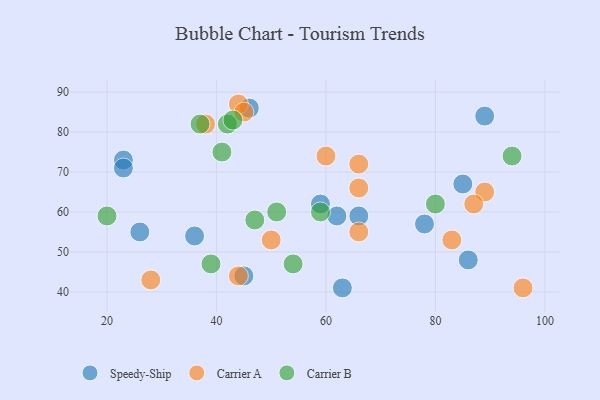
{"axis": {"x": "GDP", "y": "Life Expectancy"}, "legend": ["Carrier A", "Carrier B", "Speedy-Ship"], "data": [{"x": "23", "y": 73, "type": "Speedy-Ship"}, {"x": "59", "y": 62, "type": "Speedy-Ship"}, {"x": "26", "y": 55, "type": "Speedy-Ship"}, {"x": "86", "y": 48, "type": "Speedy-Ship"}, {"x": "85", "y": 67, "type": "Speedy-Ship"}, {"x": "62", "y": 59, "type": "Speedy-Ship"}, {"x": "89", "y": 84, "type": "Speedy-Ship"}, {"x": "23", "y": 71, "type": "Speedy-Ship"}, {"x": "46", "y": 86, "type": "Speedy-Ship"}, {"x": "63", "y": 41, "type": "Speedy-Ship"}, {"x": "66", "y": 59, "type": "Speedy-Ship"}, {"x": "45", "y": 44, "type": "Speedy-Ship"}, {"x": "36", "y": 54, "type": "Speedy-Ship"}, {"x": "78", "y": 57, "type": "Speedy-Ship"}, {"x": "44", "y": 87, "type": "Carrier A"}, {"x": "50", "y": 53, "type": "Carrier A"}, {"x": "89", "y": 65, "type": "Carrier A"}, {"x": "83", "y": 53, "type": "Carrier A"}, {"x": "66", "y": 72, "type": "Carrier A"}, {"x": "45", "y": 85, "type": "Carrier A"}, {"x": "28", "y": 43, "type": "Carrier A"}, {"x": "60", "y": 74, "type": "Carrier A"}, {"x": "87", "y": 62, "type": "Carrier A"}, {"x": "66", "y": 55, "type": "Carrier A"}, {"x": "44", "y": 44, "type": "Carrier A"}, {"x": "38", "y": 82, "type": "Carrier A"}, {"x": "66", "y": 66, "type": "Carrier A"}, {"x": "96", "y": 41, "type": "Carrier A"}, {"x": "59", "y": 60, "type": "Carrier B"}, {"x": "41", "y": 75, "type": "Carrier B"}, {"x": "39", "y": 47, "type": "Carrier B"}, {"x": "94", "y": 74, "type": "Carrier B"}, {"x": "47", "y": 58, "type": "Carrier B"}, {"x": "20", "y": 59, "type": "Carrier B"}, {"x": "51", "y": 60, "type": "Carrier B"}, {"x": "54", "y": 47, "type": "Carrier B"}, {"x": "37", "y": 82, "type": "Carrier B"}, {"x": "42", "y": 82, "type": "Carrier B"}, {"x": "80", "y": 62, "type": "Carrier B"}, {"x": "43", "y": 83, "type": "Carrier B"}]}